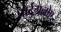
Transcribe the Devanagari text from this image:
पोर्टुगलोए